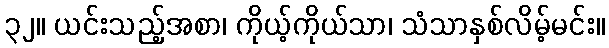
၃၂။ ယင်းသည့်အစာ၊ ကိုယ့်ကိုယ်သာ၊ သံသာနှစ်လိမ့်မင်း။